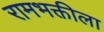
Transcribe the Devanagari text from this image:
रामभक्तीला